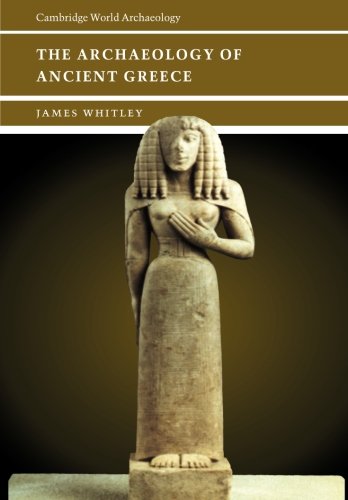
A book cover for The Archaeology of Ancient Greece (Cambridge World Archaeology); Professor James Whitley; History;